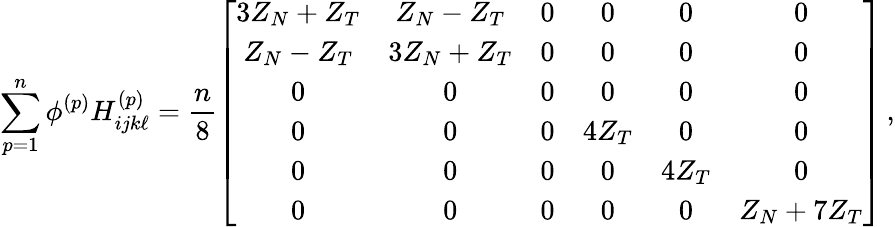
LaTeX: \sum_{p=1}^{n}\phi^{(p)}H_{ijk\ell}^{(p)}=\frac{n}{8}\left[\begin{array}{cccccc}{3Z_{N}+Z_{T}}&{Z_{N}-Z_{T}}&{0}&{0}&{0}&{0}\\ {Z_{N}-Z_{T}}&{3Z_{N}+Z_{T}}&{0}&{0}&{0}&{0}\\ {0}&{0}&{0}&{0}&{0}&{0}\\ {0}&{0}&{0}&{4Z_{T}}&{0}&{0}\\ {0}&{0}&{0}&{0}&{4Z_{T}}&{0}\\ {0}&{0}&{0}&{0}&{0}&{Z_{N}+7Z_{T}}\end{array}\right]\, ,